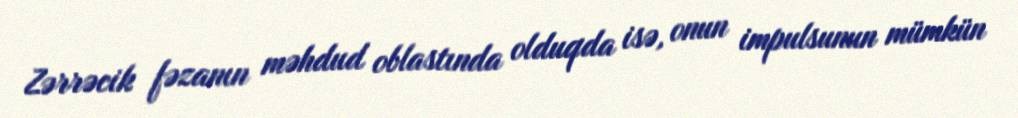
Zərrəcik fəzanın məhdud oblastında olduqda isə, onun impulsunun mümkün